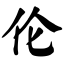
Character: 伦